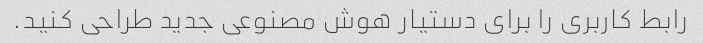
رابط کاربری را برای دستیار هوش مصنوعی جدید طراحی کنید.